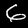
Digit: 6